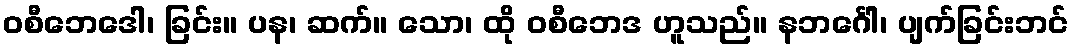
ဝစီဘေဒေါ၊ ခြင်း။ ပန၊ ဆက်။ သော၊ ထို ဝစီဘေဒ ဟူသည်။ နဘင်္ဂေါ၊ ပျက်ခြင်းဘင်